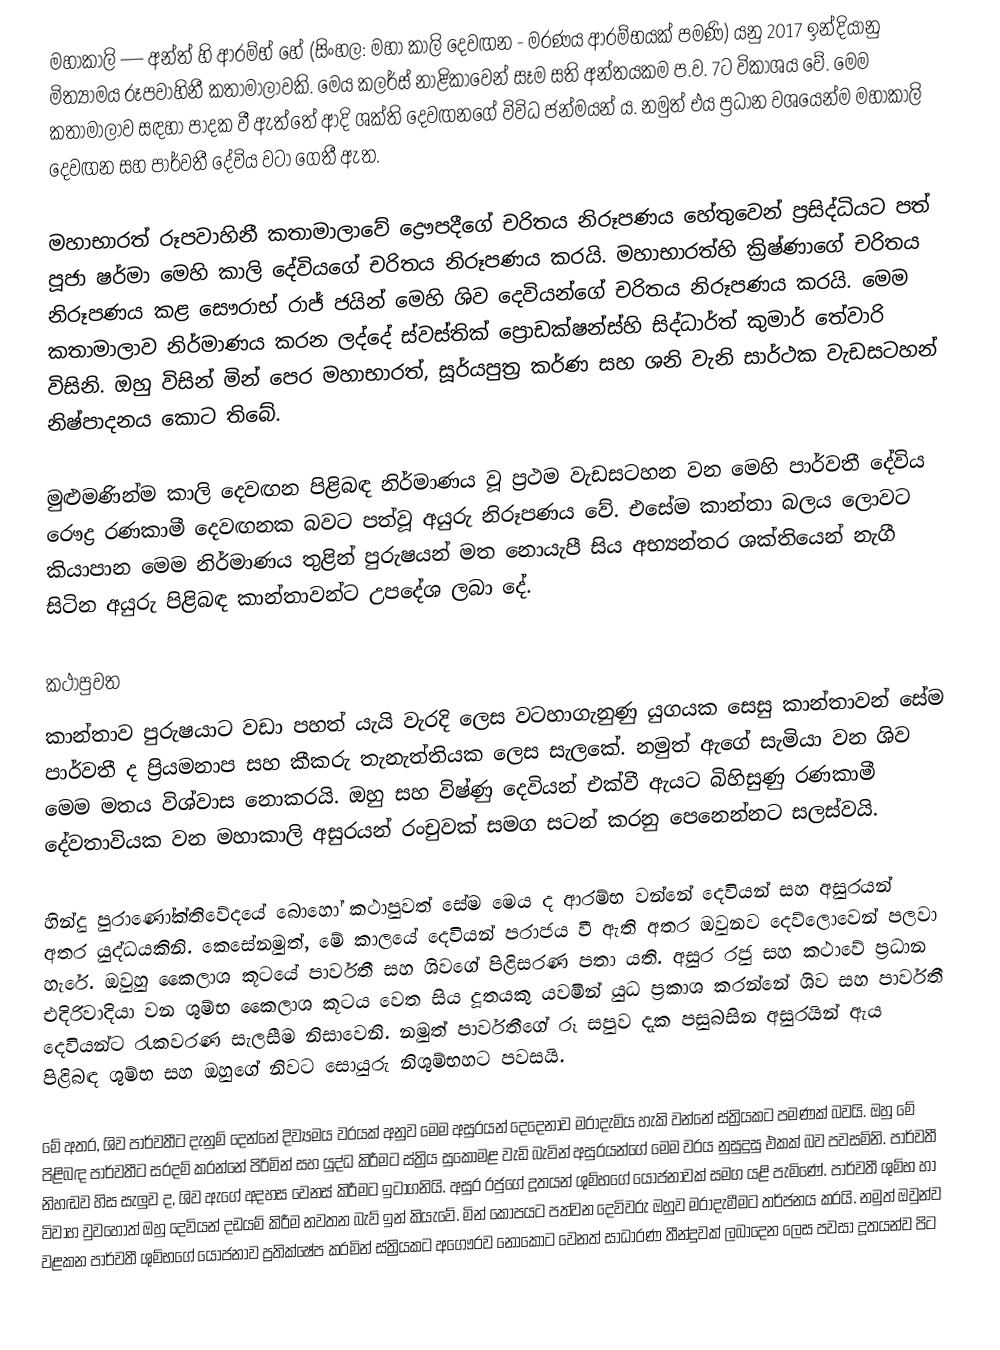
මහාකාලි — අන්ත් හි ආරම්භ් හේ (සිංහල: මහා කාලි දෙවඟන - මරණය ආරම්භයක් පමණි) යනු 2017 ඉන්දියානු මිත්‍යාමය රූපවාහිනී කතාමාලාවකි. මෙය කලර්ස් නාළිකාවෙන් සෑම සති අන්තයකම ප.ව. 7ට විකාශය වේ.‍ මෙම කතාමාලාව සඳහා පාදක වී ඇත්තේ ආදි ශක්ති දෙවඟනගේ විවිධ ජන්මයන් ය. නමුත් එය ප්‍රධාන වශයෙන්ම මහාකාලි දෙවඟන සහ පාර්වතී දේවිය වටා ගෙතී ඇත.

මහාභාරත් රූපවාහිනී කතාමාලාවේ ද්‍රෞපදීගේ චරිතය නිරූපණය හේතුවෙන් ප්‍රසිද්ධියට පත් පූජා ෂර්මා මෙහි කාලි දේවියගේ චරිතය නිරූපණය කරයි. මහාභාරත්හි ක්‍රිෂ්ණාගේ චරිතය නිරූපණය කළ සෞරාභ් රාජ් ජයින් මෙහි ශිව දෙවියන්ගේ චරිතය නිරූපණය කරයි. මෙම කතාමාලාව නිර්මාණය කරන ලද්දේ ස්වස්තික් ප්‍රොඩක්ෂන්ස්හි සිද්ධාර්ත් කුමාර් තේවාරි විසිනි. ඔහු විසින් මින් පෙර මහාභාරත්, සූර්යපුත්‍ර කර්ණ සහ ශනි වැනි සාර්ථක වැඩසටහන් නිෂ්පාදනය කොට තිබේ.

මුළුමණින්ම කාලි දෙවඟන පිළිබඳ නිර්මාණය වූ ප්‍රථම වැඩසටහන වන මෙහි පාර්වතී දේවිය රෞද්‍ර රණකාමී දෙවඟනක බවට පත්වූ අයුරු නිරූපණය වේ. එසේම කාන්තා බලය ලොවට කියාපාන මෙම නිර්මාණය තුළින් පුරුෂයන් මත නොයැපී සිය අභ්‍යන්තර ශක්තියෙන් නැගී සිටින අයුරු පිළිබඳ කාන්තාවන්ට උපදේශ ලබා දේ.

කථාපුවත
කාන්තාව පුරුෂයාට වඩා පහත් යැයි වැරදි ලෙස වටහාගැනුණු යුගයක සෙසු කාන්තාවන් සේම පාර්වතී ද ප්‍රියමනාප සහ කීකරු තැනැත්තියක ලෙස සැලකේ. නමුත් ඇගේ සැමියා වන ශිව මෙම මතය විශ්වාස නොකරයි. ඔහු සහ විෂ්ණු දෙවියන් එක්වී ඇයට බිහිසුණු රණකාමී දේවතාවියක වන මහාකාලි අසුරයන් රංචුවක් සමග සටන් කරනු පෙනෙන්නට සලස්වයි.

හින්දු පුරාණෝක්තිවේදයේ බොහෝ කථාපුවත් සේම මෙය ද ආරම්භ වන්නේ දෙවියන් සහ අසුරයන් අතර යුද්ධයකිනි. කෙසේනමුත්, මේ කාලයේ දෙවියන් පරාජය වී ඇති අතර ඔවුනව දෙව්ලොවෙන් පලවා හැරේ. ඔවුහු කෛලාශ කූටයේ පාර්වතී සහ ශිවගේ පිළිසරණ පතා යති. අසුර රජු සහ කථාවේ ප්‍රධාන එදිරිවාදියා වන ශුම්භ කෛලාශ කූටය වෙත සිය දූතයකු යවමින් යුධ ප්‍රකාශ කරන්නේ ශිව සහ පාර්වතී දෙවියන්ට රැකවරණ සැලසීම නිසාවෙනි. නමුත් පාර්වතීගේ රූ සපුව දැක පසුබසින අසුරයින් ඇය පිළිබඳ ශුම්භ සහ ඔහුගේ නිවට සොයුරු නිශුම්භහට පවසයි.

මේ අතර, ශිව පාර්වතීට දැනුම් දෙන්නේ දිව්‍යමය වරයක් අනුව මෙම අසුරයන් දෙදෙනාව මරාදැමිය හැකි වන්නේ ස්ත්‍රියකට පමණක් බවයි. ඔහු මේ පිළිබඳ පාර්වතීට සරදම් කරන්නේ පිරිමින් සහ යුද්ධ කිරීමට ස්ත්‍රිය සුකොමළ වැඩි බැවින් අසුරයන්ගේ මෙම වරය නුසුදුසු එකක් බව පවසමිනි. පාර්වතී නිහඬව හිස සැලුව ද, ශිව ඇගේ අදහස වෙනස් කිරීමට ඉටාගනියි. අසුර රජුගේ දූතයන් ශුම්භගේ ‍යෝජනාවක් සමග යළි පැමිණේ. පාර්වතී ශුම්භ හා විවාහ වුවහොත් ඔහු දෙවියන් දඩයම් කිරීම නවතන බැව් ඉන් කියැවේ. මින් කෝපයට පත්වන දෙවිවරු ඔහුව මරාදැමීමට තර්ජනය කරයි. නමුත් ඔවුන්ව වළකන පාර්වතී ශුම්භගේ යෝජනාව ප්‍රතික්ෂේප කරමින් ස්ත්‍රියකට අගෞරව නොකොට වෙනත් සාධාරණ තීන්දුවක් ලබාදෙන ලෙස පවසා දූතයන්ව පිට